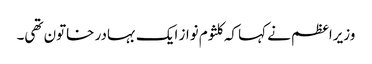
وزیراعظم نے کہا کہ کلثوم نواز ایک بہادر خاتون تھی۔